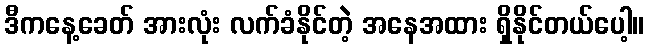
ဒီကနေ့ခေတ် အားလုံး လက်ခံနိုင်တဲ့ အနေအထား ရှိနိုင်တယ်ပေါ့။